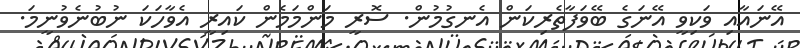
އޭނައާއި ވަކިވީ އޭނަގެ ބޭވަފާތެރިކަން އެނގުމުން. ސޮރީ މަންމަމެން ކައިރީ އެވާހަކަ ނުބުނެވުނީމަ.